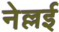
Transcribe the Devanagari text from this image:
नेल्लई